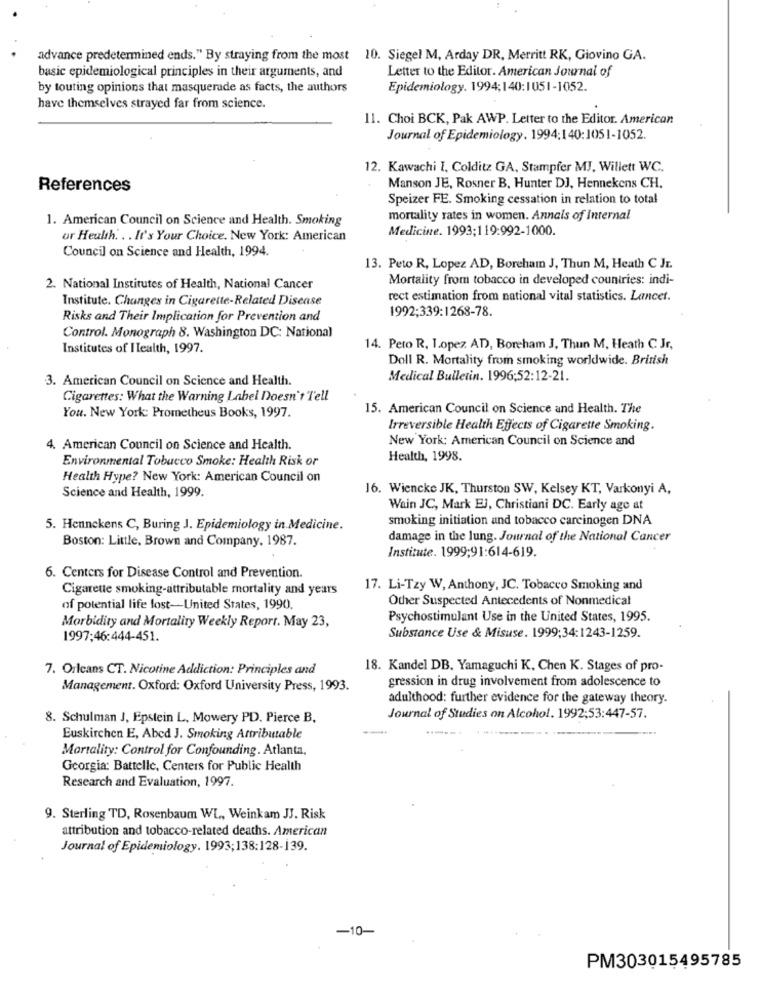
advance predetermined ends." By straying from the most 10. Siegel M, Arday DR, Merritt RK, Giovino GA.
basic epidemiological principles in their arguments, and
Letter to the Editor. American Journal of
by touting opinions that masquerade as facts, the authors
Epidemiology. 1994;140:1051-1052.
have themselves strayed far from science.
11. Choi BCK, Pak AWP. Letter to the Editor. American
Journal of Epidemiology. 1994;140:1051-1052.
12. Kawachi I, Colditz GA, Stampfer MJ, Willett WC.
References
Manson JE, Rosner B. Hunter DJ, Hennekens CH.
Speizer FE. Smoking cessation in relation to total
1. American Council on Science and Health. Smoking
mortality rates in women. Annals of Internal
Medicine. 1993;119:992-1000.
or Health. .. It's Your Choice. New York: American
Council on Science and Health, 1994.
13. Peto R, Lopez AD, Borcham J, Thun M, Heath C Jr.
Mortality from tobacco in developed countries: indi-
2. National Institutes of Health, National Cancer
Institute. Changes in Cigarette-Related Disease
rect estimation from national vital statistics. Lancet.
1992;339:1268-78.
Risks and Their Implication for Prevention and
Control. Monograph 8. Washington DC: National
Institutes of Health, 1997.
14. Peto R, Lopez AD), Boreham J, Thun M, Heath C Jr,
Doll R. Mortality from smoking worldwide. British
3. American Council on Science and Health.
Medical Bulletin. 1996:52:12-21.
Cigarettes: What the Warning Label Doesn't Tell
15. American Council on Science and Health. The
You. New York: Prometheus Books, 1997.
Irreversible Health Effects of Cigarette Smoking.
New York: American Council on Science and
4. American Council on Science and Health.
Environmental Tobacco Smoke: Health Risk or
Health, 1998.
Health Hype? New York: American Council on
16. Wiencke JK, Thurston SW, Kelsey KT, Varkonyi A,
Science and Health, 1999.
Wain JC, Mark EJ, Christiani DC. Early age at
smoking initiation and tobacco carcinogen DNA
5. Hennekens C, Buring J. Epidemiology in Medicine.
Boston: Little, Brown and Company. 1987.
damage in the lung. Journal of the National Cancer
Institute. 1999:91:614-619.
6. Centers for Disease Control and Prevention.
Cigarette smoking-attributable mortality and years
17. Li-Tzy W, Anthony, JC. Tobacco Smoking and
Other Suspected Antecedents of Nonmedical
of potential life lost-United States, 1990.
Psychostimulant Use in the United States, 1995.
Morbidity and Mortality Weekly Report. May 23,
1997:46:444-451.
Substance Use & Misuse. 1999:34:1243-1259.
7. Orleans CT. Nicotine Addiction: Principles and
18. Kandel DB. Yamaguchi K, Chen K. Stages of pro-
gression in drug involvement from adolescence to
Management. Oxford: Oxford University Press, 1993.
adulthood: further evidence for the gateway theory.
8. Schulman J, Epstein L, Mowery PD. Pierce B.
Journal of Studies on Alcohol. 1992:53:447-57.
Euskirchen E, Abed J. Smoking Attributable
Mortality: Control for Confounding. Atlanta,
Georgia: Battelle, Centers for Public Health
Research and Evaluation, 1997.
9. Sterling TD, Rosenbaum WL, Weinkam JJ. Risk
attribution and tobacco-related deaths. American
Journal of Epidemiology. 1993;138:128-139.
-10-
PM303015495785